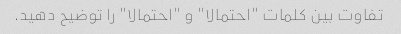
تفاوت بین کلمات "احتمالا" و "احتمالا" را توضیح دهید.